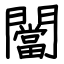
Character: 闣